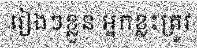
រៀងៗខ្លួន អ្នកខ្លះត្រូវ